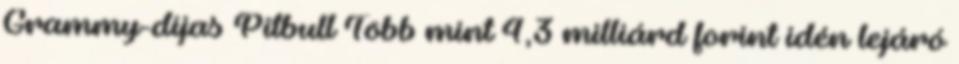
Grammy-díjas Pitbull Több mint 4,3 milliárd forint idén lejáró